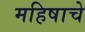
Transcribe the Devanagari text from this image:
महिषाचे